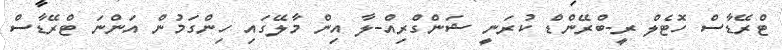
ޓްރޭޑާސް ހޮޓެލް ރީ-ބްރޭންޑް ކުރަނީ ޝަންގްރިއް-ލާ އިން މާލޭގައި ހިންގަމުން އަންނަ ޓްރޭޑާސް